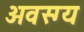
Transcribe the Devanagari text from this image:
अवस्ग्य